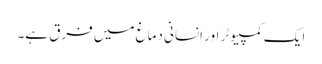
ایک کمپیوٹر اور انسانی دماغ میں فرق ہے۔